Vaccination North-Western Provinces 1866-1877 - 1866-1877
Year: 1866
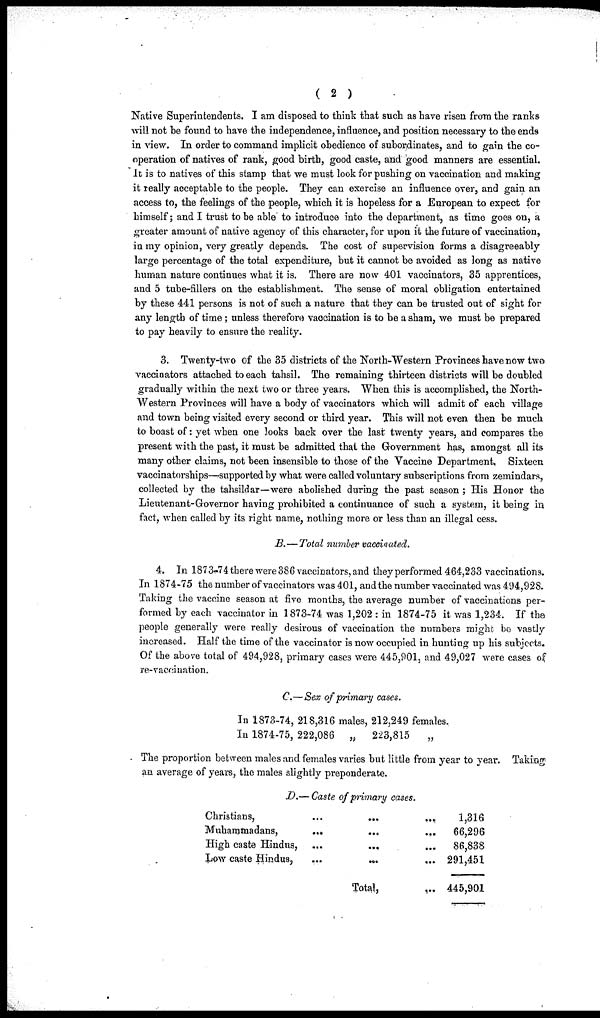
( 2 )
Native Superintendents. I am disposed to think that such as have risen from the ranks
will not be found to have the independence, influence, and position necessary to the ends
in view. In order to command implicit obedience of subordinates, and to gain the co-
operation of natives of rank, good birth, good caste, and good manners are essential.
It is to natives of this stamp that we must look for pushing on vaccination and making
it really acceptable to the people. They can exercise an influence over, and gain an
access to, the feelings of the people, which it is hopeless for a European to expect for
himself; and I trust to be able to introduce into the department, as time goes on, a
greater amount of native agency of this character, for upon it the future of vaccination,
in my opinion, very greatly depends. The cost of supervision forms a disagreeably
large percentage of the total expenditure, but it cannot be avoided as long as native
human nature continues what it is. There are now 401 vaccinators, 35 apprentices,
and 5 tube-fillers on the establishment. The sense of moral obligation entertained
by these 441 persons is not of such a nature that they can be trusted out of sight for
any length of time ; unless therefore vaccination is to be a sham, we must be prepared
to pay heavily to ensure the reality.
3. Twenty-two of the 35 districts of the North-Western Provinces have now two
vaccinators attached to each tahsil. The remaining thirteen districts will be doubled
gradually within the next two or three years. When this is accomplished, the North¬
Western Provinces will have a body of vaccinators which will admit of each village
and town being visited every second or third year. This will not even then be much
to boast of: yet when one looks back over the last twenty years, and compares the
present with the past, it must be admitted that the Government has, amongst all its
many other claims, not been insensible to those of the Vaccine Department, Sixteen
vaccinatorships—supported by what were called voluntary subscriptions from zemindars,
collected by the tahsildar—were abolished during the past season ; His Honor the
Lieutenant-Governor having prohibited a continuance of such a system, it being in
fact, when called by its right name, nothing more or less than an illegal cess.
B.—Total number vaccinated.
4. In 1873-74 there were 386 vaccinators, and they performed 464,233 vaccinations.
In 1874-75 the number of vaccinators was 401, and the number vaccinated was 494,928.
Taking the vaccine season at five months, the average number of vaccinations per-
formed by each vaccinator in 1873-74 was 1,202 : in 1874-75 it was 1,234. If the
people generally were really desirous of vaccination the numbers might be vastly
increased. Half the time of the vaccinator is now occupied in hunting up his subjects.
Of the above total of 494,928, primary cases were 445,901, and 49,027 were cases of
re-vaccination.
C.—Sex of primary cases.
In 1873-74, 218,316 males, 212,249 females.
In 1874-75, 222,086
„
223,815
„
The proportion between males and females varies but little from year to year. Taking
an average of years, the males slightly preponderate.
D.—Caste of primary cases.
Christians,
Muhammadans, ... ... ...
High caste Hindus,
Low caste Hindus,
...
Total,
,..
1,316
66,296
86,838
291,451
445,901